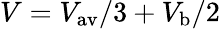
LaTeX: V=V_{{\mathrm{av}}}/3+V_{\mathrm{b}}/2